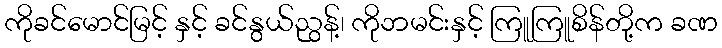
ကိုခင်မောင်မြင့် နှင့် ခင်နွယ်ညွန့်၊ ကိုဘမင်းနှင့် ကြူကြူစိန်တို့က ခဏ